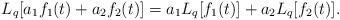
LaTeX: \begin{align*} L_{q} [a_{1} f_{1}(t) + a_{2} f_{2}(t) ] = a_{1} L_{q} [ f_{1}(t) ] + a_{2} L_{q} [ f_{2}(t) ]. \end{align*}